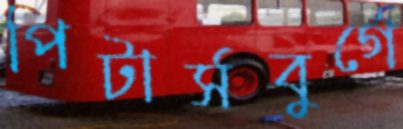
পিটার্সবুর্গে